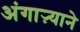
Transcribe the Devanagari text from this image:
अंगाऱ्याने